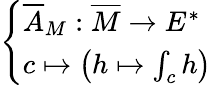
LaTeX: \left\{ \begin{array}{ll}{{\overline{{A}}}_{M}:{\overline{{M}}}\to E^{*}}\\ {c\mapsto\left(h\mapsto\int_{c}h\right)}\end{array}\right.